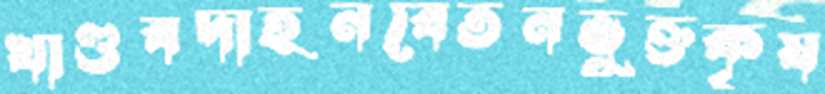
খাণ্ডবদাহনবেতনভুক্তকৃষ